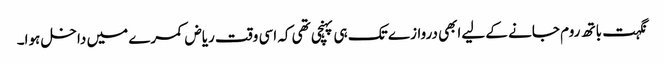
نگہت باتھ روم جانے کے لیےابھی دروازے تک ہی پہنچی تھی کہ اسی وقت ریاض کمرے میں داخل ہوا۔